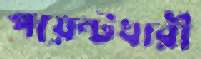
পয়েন্টধারী